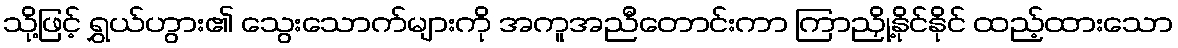
သို့ဖြင့် ရွှယ်ဟွား၏ သွေးသောက်များကို အကူအညီတောင်းကာ ကြာညှို့နိုင်နိုင် ထည့်ထားသော